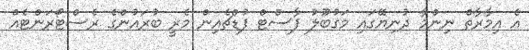
އެ އިމާރާތް ނިންމާ ދުނިޔޭގައި މަގުބޫލު ފާސްޓް ފުޑްޗެއިން މެރީ ބުރައުންގެ ރެސްޓޯރަންޓެއް